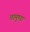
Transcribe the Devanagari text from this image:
चामुण्‍डा